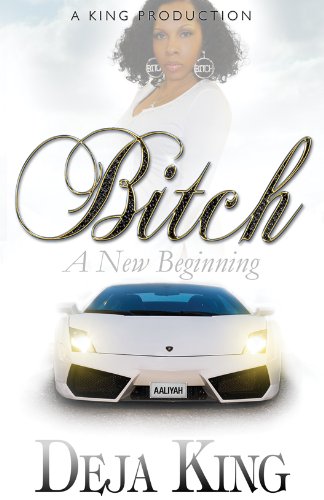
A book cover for Bitch A New Beginning (Bitch Series); Joy Deja King; Literature & Fiction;